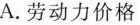
A.劳动力价格